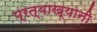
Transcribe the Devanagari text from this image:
प्रत्याख्यानी